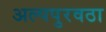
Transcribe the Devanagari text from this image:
अल्पपुरवठा